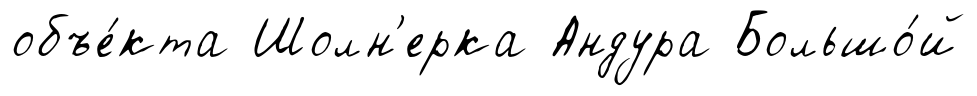
объе́кта Шолн'ерка Андура Большо́й